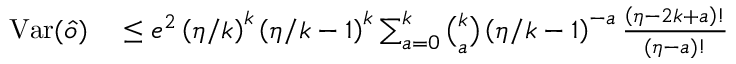
\begin{array} { r l } { \mathrm { V a r } ( \hat { o } ) } & { { } \leq e ^ { 2 } \left( \eta / k \right) ^ { k } \left( \eta / k - 1 \right) ^ { k } \sum _ { a = 0 } ^ { k } \binom { k } { a } \left( \eta / k - 1 \right) ^ { - a } \frac { \left( \eta - 2 k + a \right) ! } { \left( \eta - a \right) ! } } \end{array}